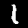
Digit: 1